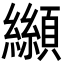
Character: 𩕛